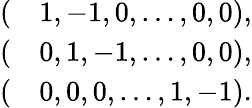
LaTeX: \begin{array}{rl}{(}&{{}1,-1,0,\dots,0,0),}\\ {(}&{{}0,1,-1,\dots,0,0),}\\ {(}&{{}0,0,0,\dots,1,-1).}\end{array}